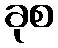
ခုစ